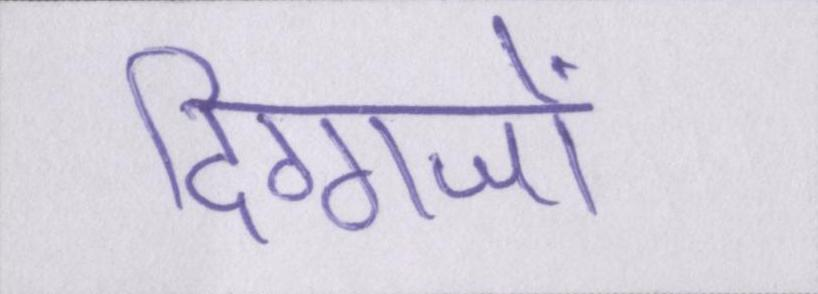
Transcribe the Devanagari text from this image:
दिग्गजों